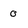
Character: 0